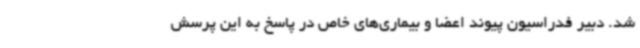
شد. دبیر فدراسیون پیوند اعضا و بیماری‌های خاص در پاسخ به این پرسش